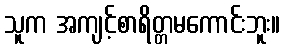
သူက အကျင့်စာရိတ္တမကောင်းဘူး။